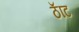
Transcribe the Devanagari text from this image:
ठॅाट